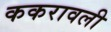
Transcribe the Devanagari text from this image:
ककरावली